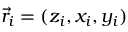
\vec { r } _ { i } = ( z _ { i } , x _ { i } , y _ { i } )